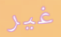
غير